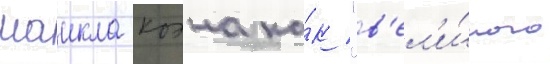
маикла коэна ка́к "в'ел'и́кого